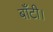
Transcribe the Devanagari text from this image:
बाँटी।